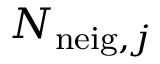
N _ { \mathrm { n e i g } , j }